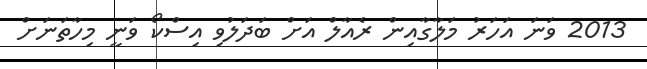
2013 ވަނަ އަހަރު މަލާގާއިން ރެއާލް އަށް ބަދަލުވި އިސްކޯ ވަނީ މިހާތަނަށް